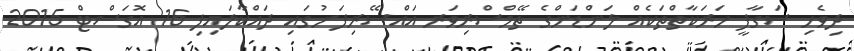
ދިވެހި ސަގާފީ ހަރަކާތްތަކެއް ލަންޑަންގެ ތޭމްސްރިވަރ އައްސޭރިފަށުގައި ދައްކާލައިފި 16 އޮގަސްޓް 2015